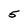
Character: 5